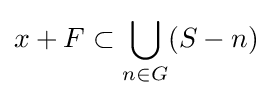
x+F\subset \bigcup _{n\in G}(S-n)